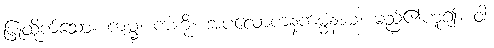
ပြုထိုက်သော။ ကမ္မံ၊ ကံကို။ အပလောကနကမ္မံနာမ၊ မည်၏ဟူ၍။ ဝါ၊